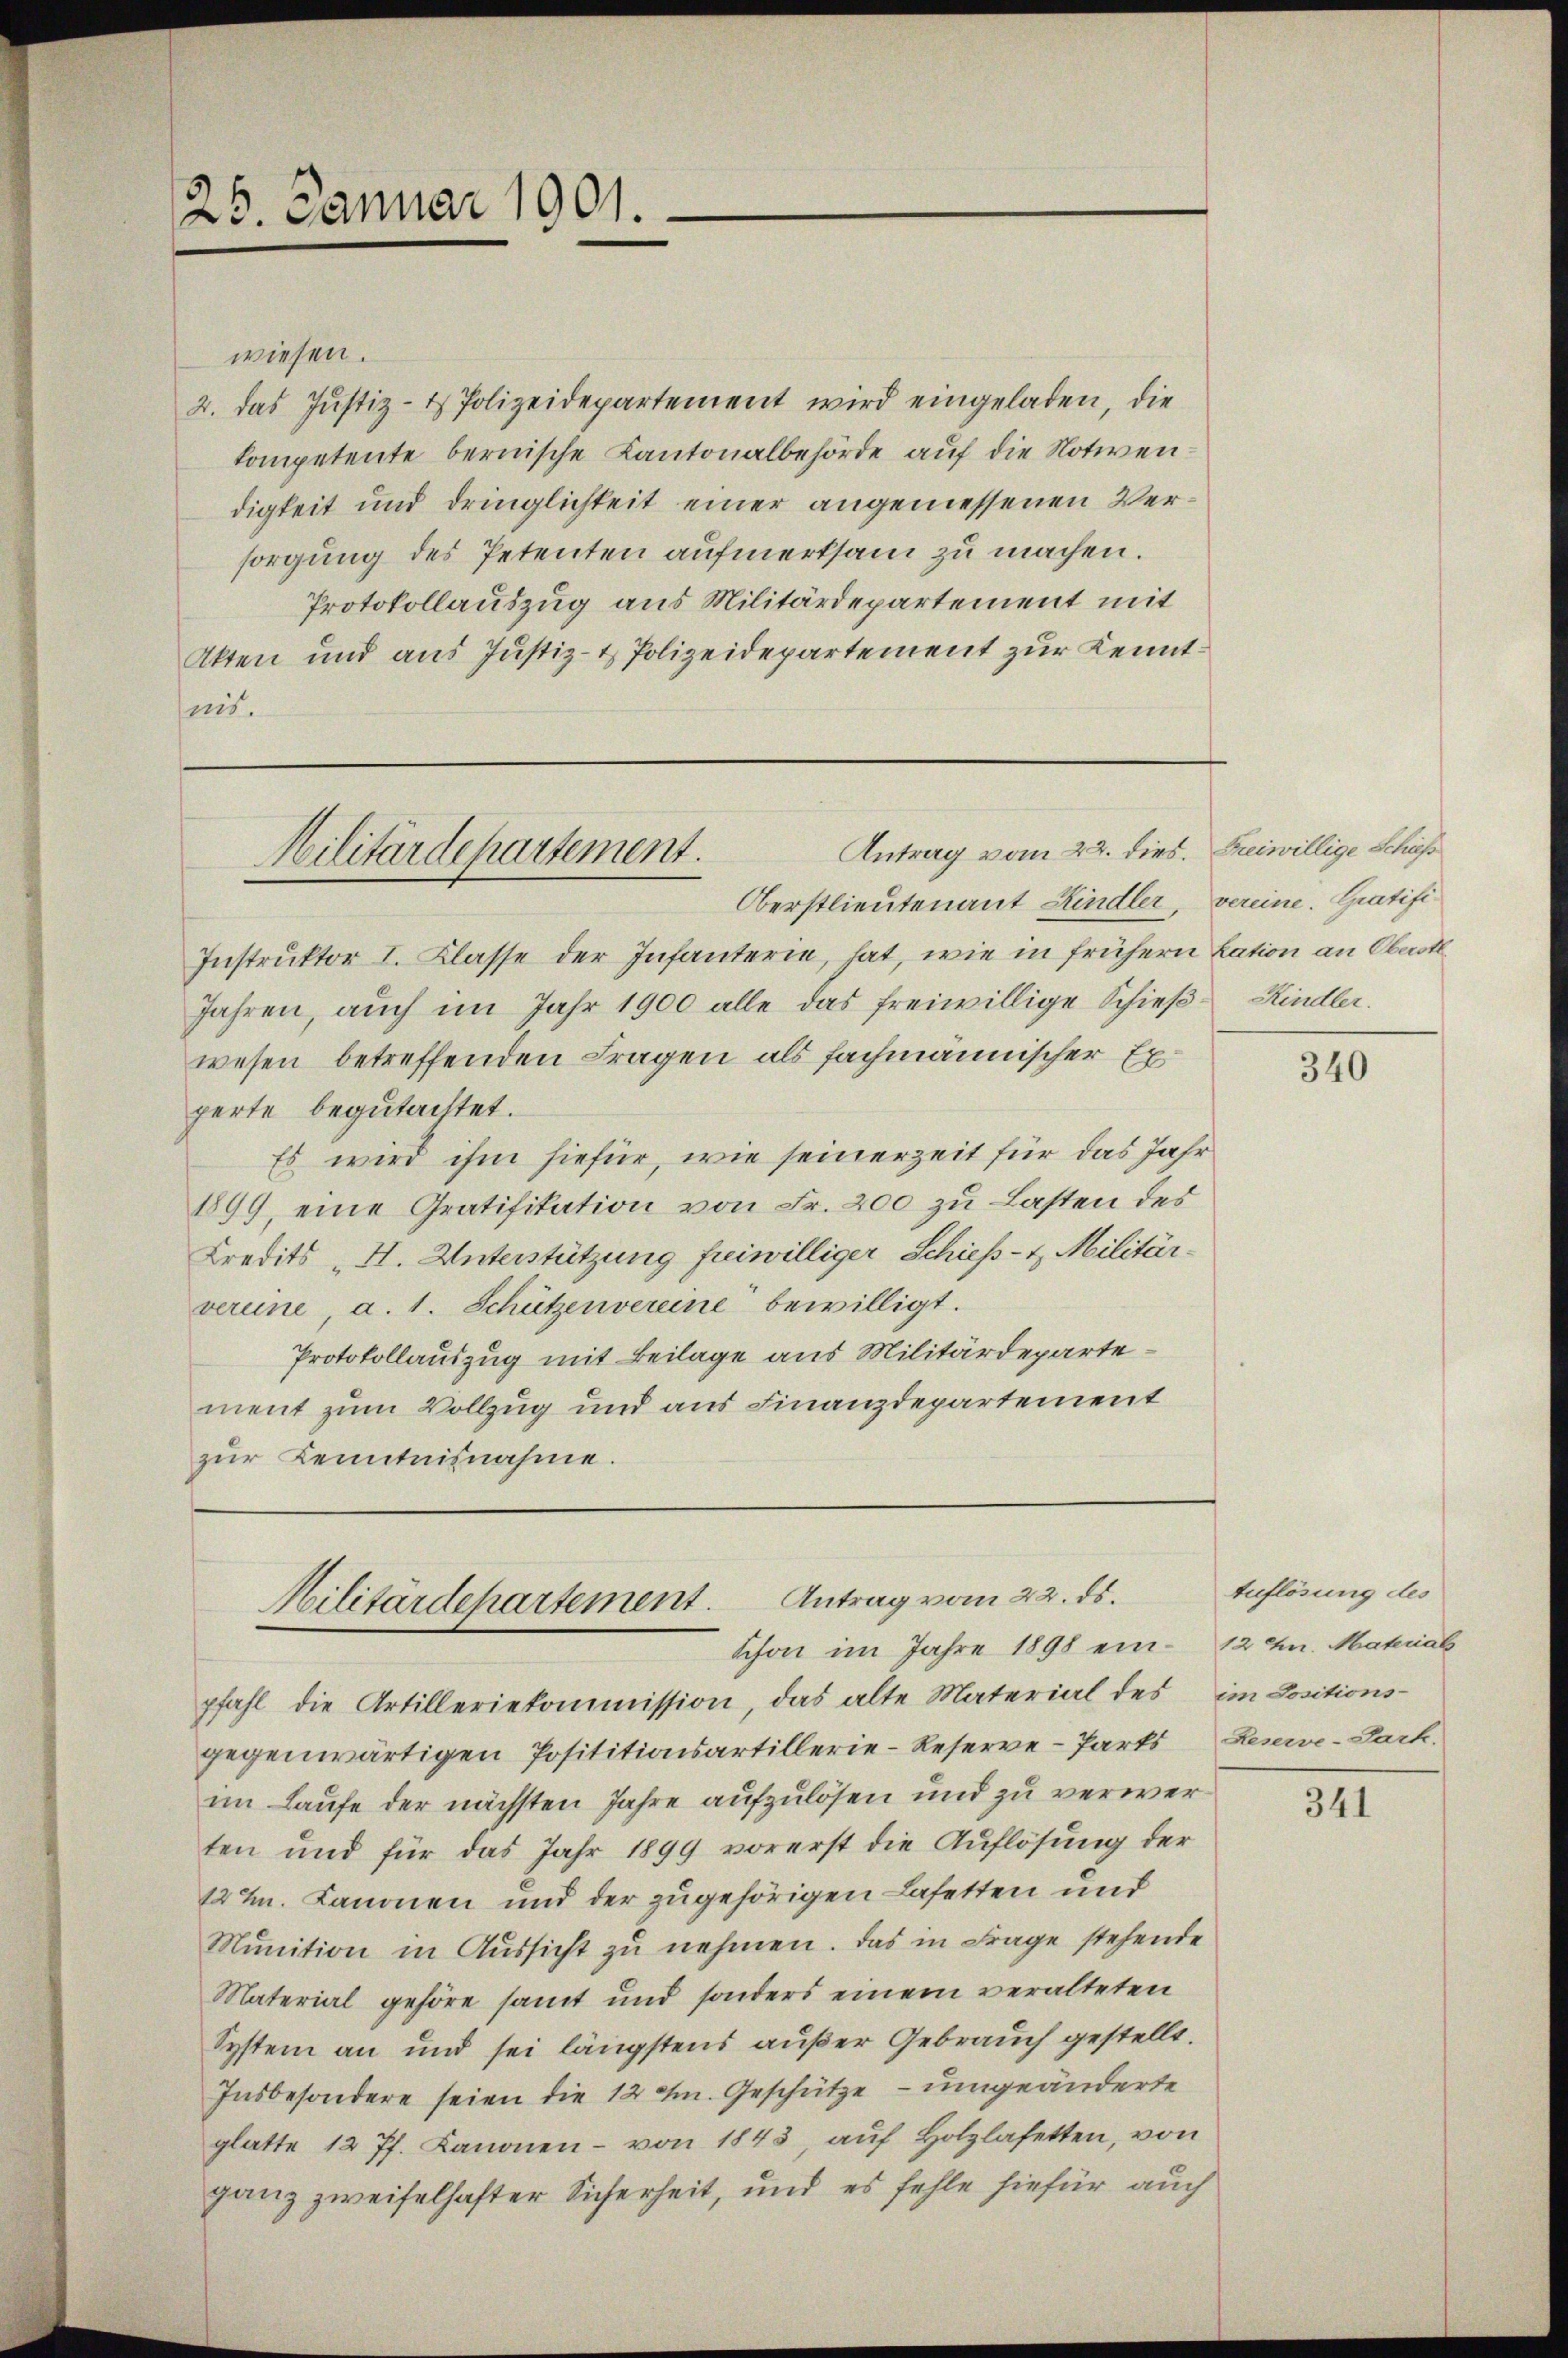
25. Januar 1901.

wiesen.
2. das Justiz- & Polizeidepartement wird eingeladen, die
kompetente bernische Kantonalbehörde auf die Notivendigkeit und dringlichkeit einer angemessenen Versorgung des Petenten aufmerksam zu machen.
Protokollauszug aus Militärdepartement mit
Akten und aus Justiz- & Polizeidepartement zur Kenntais.

Antrag vom 22. dies. Freiwillige Schiess
Militärdepartement.
Oberstlieutenant Kindler, vereine. Gratifi¬

Instruktor I. Klasse der Infanterie, hat, wie in frühern Lation an Oberst
Jahren, aŭch im Jahr 1900 alle das freiwillige Schieβ- Kindler.
wesen betreffenden Fragen als fachmännischer Experte begutachtet.
Es wird ihm hiefür, wie seinerzeit für das Jahr
1899, eine Gratifikation von Fr. 200 zu Lasten des
Credits „H. Unterstützung freiwilliger Schieß- & Militärvereine, a. 1. Schützenvereine bewilligt.
Protokollauszug mit Beilage aus Militärdepartement zum Vollzug und aus Finanzdepartement
zŭr Kenntnisnahme.

pfahl die Artilleriekommission, das alte Material des im Positions-
gegenwärtigen Posititionsartillerie-Reserve-Parts Leserve-Dark.
im Laufe der nächsten Jahre aufzulösen und zu verwerten und für das Jahr 1899 vorerst die Auflösung der
12 ½. Kanonen und der zugehörigen Lasetten und
Munition in Aussicht zu nehmen. Das in Frage stehende
Material gehöre samt und sonders einem veralteten
System an und sei längstens außer Gebrauch gestellt.
Insbesondere seien die 12 J. Geschütze - umgeänderte
glatte 12 Pf. Kanonen- von 1843, auf Holzlasetten, von
ganz zweifelhafter Sicherheit, und es fehle hiefür auch

Militärdepartement. Antrag vom 22. ds.
Schon im Jahre 1898 ein 12 Fr. Material

340

Auflösung des

341